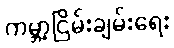
ကမ္ဘာ့ငြိမ်းချမ်းရေး